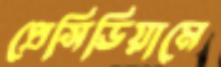
প্রেসিডিয়ামে